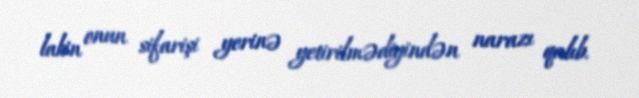
lakin onun sifarişi yerinə yetirilmədiyindən narazı qalıb.